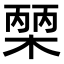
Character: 𭫒